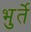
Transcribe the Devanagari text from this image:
भुर्ते